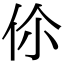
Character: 伱